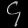
Digit: ၄